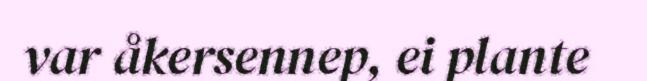
var åkersennep, ei plante